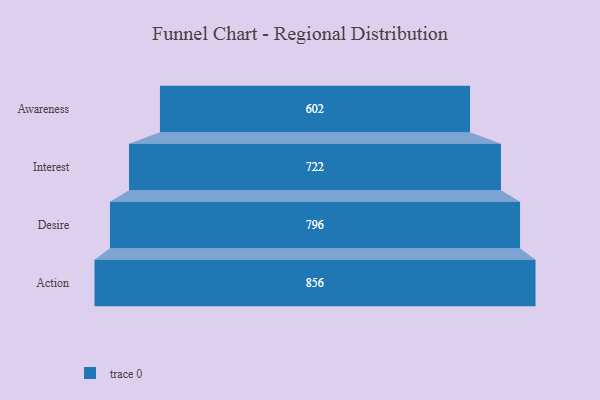
{"axis": {"x": "Stage", "y": "Value"}, "legend": [""], "data": [{"x": "Awareness", "y": 602.0, "type": ""}, {"x": "Interest", "y": 722.0, "type": ""}, {"x": "Desire", "y": 796.0, "type": ""}, {"x": "Action", "y": 856.0, "type": ""}]}